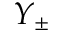
Y _ { \pm }